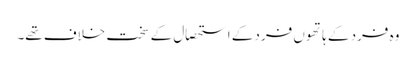
وہ فرد کے ہاتھوں فرد کے استحصال کے سخت خلاف تھے۔